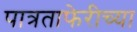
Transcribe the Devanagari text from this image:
पात्रताफेरीच्या